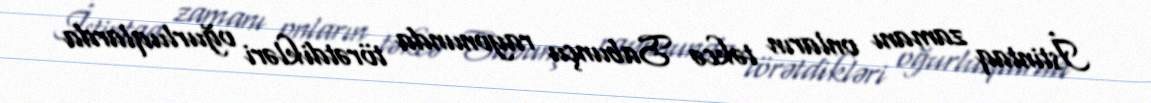
İstintaq zamanı onların təkcə Sabunçu rayonunda törətdikləri oğurluqlarda